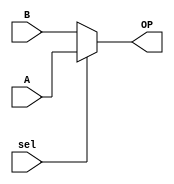
`timescale 1ns / 1ps
//////////////////////////////////////////////////////////////////////////////////
// Company: 
// 
// Design Name: 
// Module Name:    2:1 MUX 
// Project Name:   Carry Skip Adder
// Target Devices: 
// Tool versions: 
// Description: 
//
// Dependencies: 
//
// Revision: 
// Revision 0.01 - File Created
// Additional Comments: 
//
//////////////////////////////////////////////////////////////////////////////////

module mux_2_input (
	output OP, 
	input  A, B, sel);	 

        assign OP= (sel)? A : B;     

		
endmodule